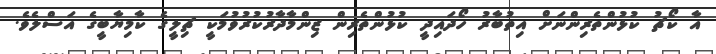
އާ ކޯޗު ކުޅުންތެރިންނަށް އިތުބާރު ހޯދައިދީ ކުޅުންތެރިން ޒިންމާދާރުކުރުވުމަކީ ޗިލީގެ ކާމިޔާބީގެ އަސްލެވެ.